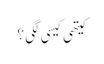
کیتھی کیسی لگی ؟